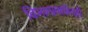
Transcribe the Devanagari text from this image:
विभागामार्फतही